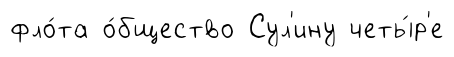
фло́та о́бщество Сул'ину четы́р'е